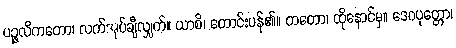
ပဉ္ဇလိကတော၊ လက်အုပ်ချီလျှက်။ ယာစိ၊ တောင်းပန်၏။ တတော၊ ထိုနောင်မှ။ ဒေဝပုတ္တော၊